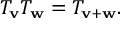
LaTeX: T _ { \mathbf { v } } T _ { \mathbf { w } } = T _ { \mathbf { v } + \mathbf { w } } .